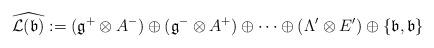
LaTeX: \begin{align*}\widehat{\mathcal{L}(\mathfrak{b})}:=(\mathfrak{g^{+}}\otimes A^{-})\oplus(\mathfrak{g}^{-}\otimes A^{+})\oplus\cdots\oplus(\Lambda'\otimes E')\oplus\left\{ \mathfrak{b},\mathfrak{b}\right\} \end{align*}